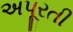
અપૂરતી